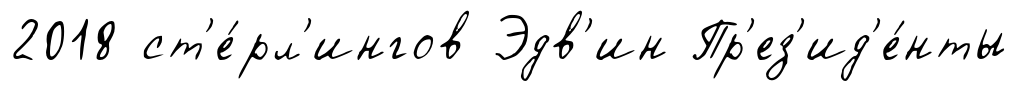
2018 ст'е́рл'ингов Эдв'ин Пр'ез'ид'е́нты